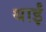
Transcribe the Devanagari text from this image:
थाईं